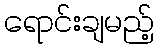
ရောင်းချမည့်